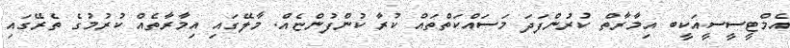
އެމްޓީސީސީއަކީބ އިމާރާތް ކުރުންފަދަ މަސައްކަތްތައް ކުރާ ކުންފުންޏެއް. މާލޭގައި އިމާރާތެއް ކުރުމުގެ ތެރޭގައި